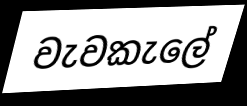
වැවකැලේ